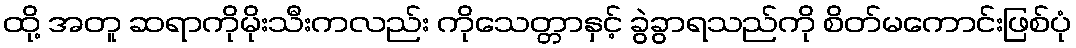
ထို့ အတူ ဆရာကိုမိုးသီးကလည်း ကိုသေတ္တာနှင့် ခွဲခွာရသည်ကို စိတ်မကောင်းဖြစ်ပုံ